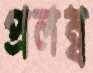
প্রলম্ব